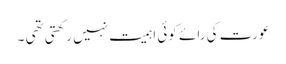
عورت کی رائے کوئی اہمیت نہیں رکھتی تھی ۔